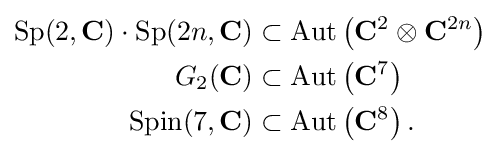
{\begin{aligned}\mathrm {Sp} (2,\mathbf {C} )\cdot \mathrm {Sp} (2n,\mathbf {C} )&\subset \mathrm {Aut} \left(\mathbf {C} ^{2}\otimes \mathbf {C} ^{2n}\right)\\G_{2}(\mathbf {C} )&\subset \mathrm {Aut} \left(\mathbf {C} ^{7}\right)\\\mathrm {Spin} (7,\mathbf {C} )&\subset \mathrm {Aut} \left(\mathbf {C} ^{8}\right).\end{aligned}}